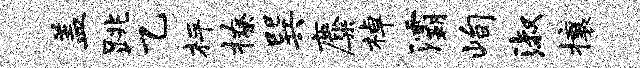
盖跳乙枰撩巽麋棹灞峋淑攘